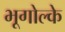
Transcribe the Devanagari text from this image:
भूगोल्के